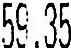
59.35